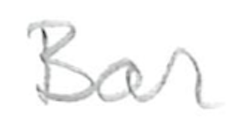
Text: Bar
Cross-out: clean
Writing tool: pencil